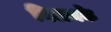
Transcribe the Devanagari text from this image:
विलयके